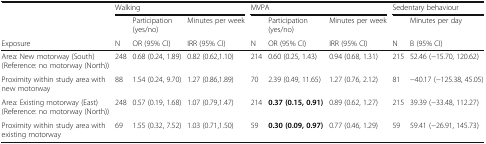
<table><thead><tr><td rowspan="2"></td><td colspan="3"><b>Walking</b></td><td colspan="3"><b>MVPA</b></td><td colspan="2"><b>Sedentary behaviour</b></td></tr><tr><td></td><td><b>Participation (yes/no)</b></td><td><b>Minutes per week</b></td><td></td><td><b>Participation (yes/no)</b></td><td><b>Minutes per week</b></td><td></td><td><b>Minutes per day</b></td></tr><tr><td><b>Exposure</b></td><td><b>N</b></td><td><b>OR (95% CI)</b></td><td><b>IRR (95% CI)</b></td><td><b>N</b></td><td><b>OR (95% CI)</b></td><td><b>IRR (95% CI)</b></td><td><b>N</b></td><td><b>B (95% CI)</b></td></tr></thead><tbody><tr><td>Area: New motorway (South) (Reference: no motorway (North))</td><td>248</td><td>0.68 (0.24, 1.89)</td><td>0.82 (0.62,1.10)</td><td>214</td><td>0.60 (0.25, 1.43)</td><td>0.94 (0.68, 1.31)</td><td>215</td><td>52.46 (−15.70, 120.62)</td></tr><tr><td>Proximity within study area with new motorway</td><td>88</td><td>1.54 (0.24, 9.70)</td><td>1.27 (0.86,1.89)</td><td>70</td><td>2.39 (0.49, 11.65)</td><td>1.27 (0.76, 2.12)</td><td>81</td><td>−40.17 (−125.38, 45.05)</td></tr><tr><td>Area: Existing motorway (East) (Reference: no motorway (North))</td><td>248</td><td>0.57 (0.19, 1.68)</td><td>1.07 (0.79,1.47)</td><td>214</td><td><b>0.37 (0.15, 0.91)</b></td><td>0.89 (0.62, 1.27)</td><td>215</td><td>39.39 (−33.48, 112.27)</td></tr><tr><td>Proximity within study area with existing motorway</td><td>69</td><td>1.55 (0.32, 7.52)</td><td>1.03 (0.71,1.50)</td><td>59</td><td><b>0.30 (0.09, 0.97)</b></td><td>0.77 (0.46, 1.29)</td><td>59</td><td>59.41 (−26.91, 145.73)</td></tr></tbody></table>